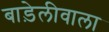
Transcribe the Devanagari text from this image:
बाड़ेलीवाला